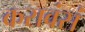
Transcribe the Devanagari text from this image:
करावंसं